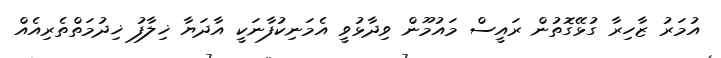
އުމަރު ޒާހިރާ ގުޅޭގޮތުން ރައީސް މައުމޫން ވިދާޅުވީ އެމަނިކުފާނަކީ އާދަޔާ ޚިލާފު ޚިދުމަތްތެރިއެއް